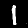
Label: 1